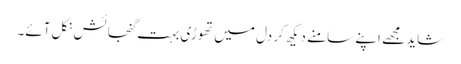
شاید مجھے اپنے سامنے دیکھ کر دل میں تھوڑی بہت گنجائش نکل آئے۔